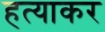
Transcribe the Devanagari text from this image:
हत्याकर